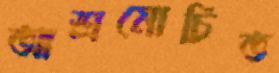
আশ্রমোচিত